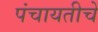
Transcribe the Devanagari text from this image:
पंचायतीचें